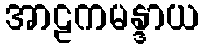
အာဠကမန္ဒာယ